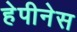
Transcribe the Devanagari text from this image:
हेपीनेस